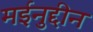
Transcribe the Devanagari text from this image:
मईनुद्दीन